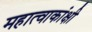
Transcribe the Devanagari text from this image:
महात्वाकांक्षी